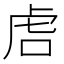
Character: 𫊝